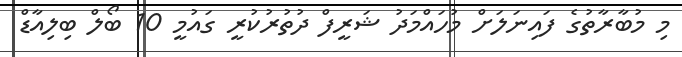
މި މުބާރާތުގެ ފައިނަލަށް މުހައްމަދު ޝަރީފް ދުތުރުކުރީ ގައުމީ 10 ބޯލް ބިލިއާޑް